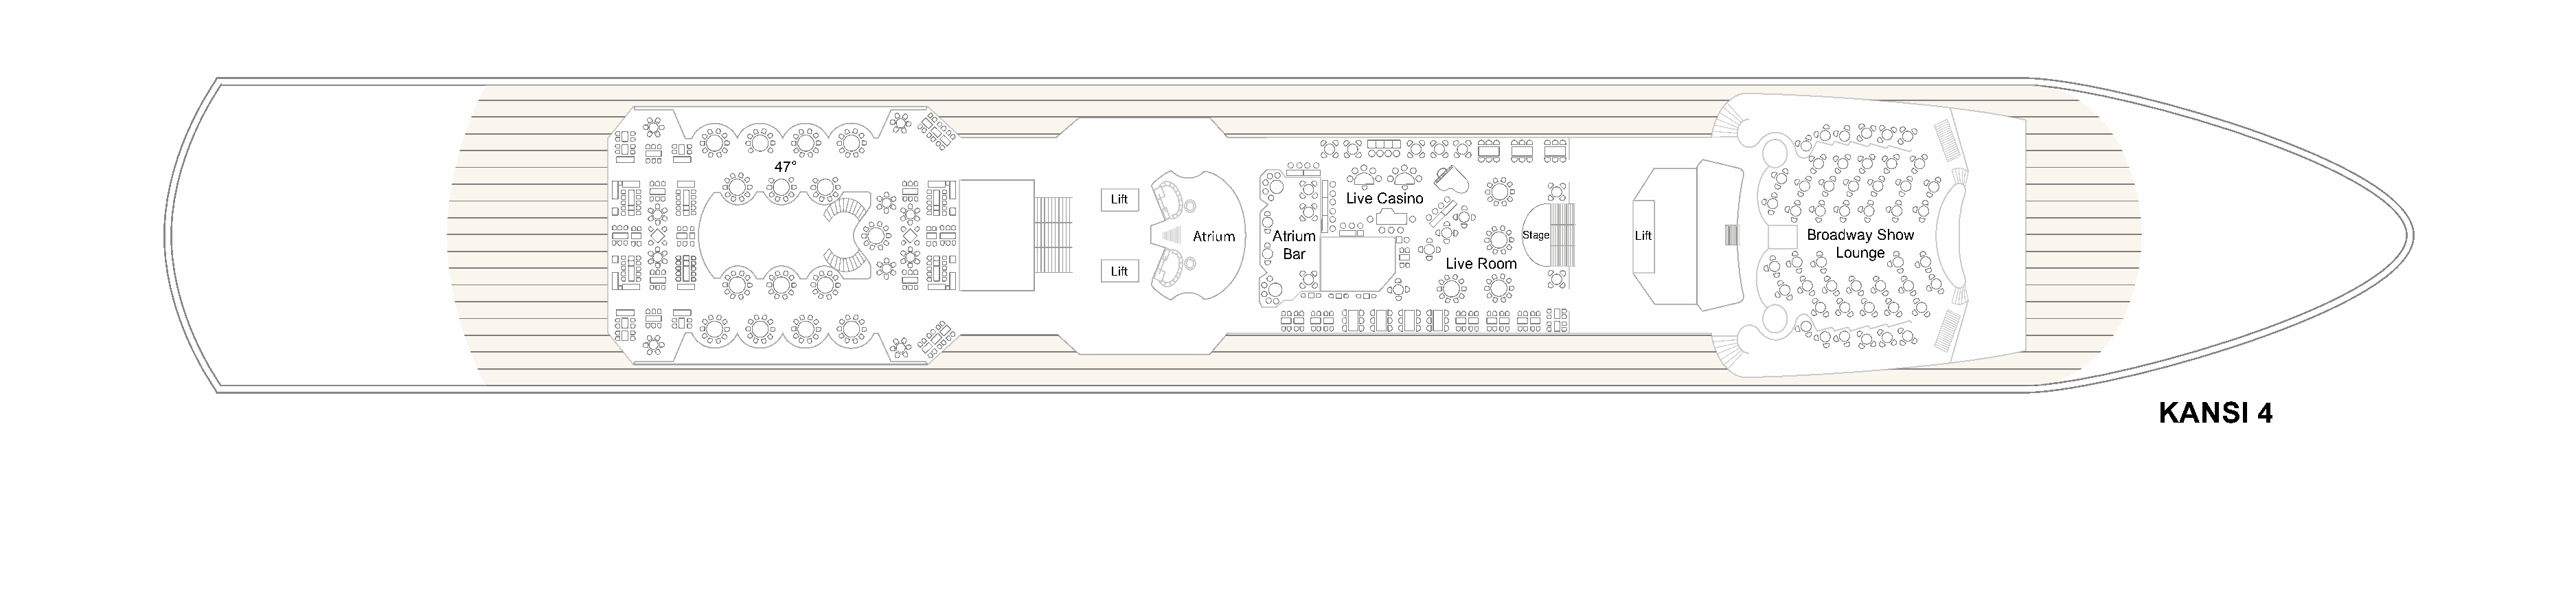
4477°°
 LLiifftt               LLiivvee CCaassiinnoo
 AAttrriiuumm AAttrriiuumm       SSttaaggee LLiifftt        BBrrooaaddwwaayy SShhooww
 BBaarr                                               LLoouunnggee
 LLiivvee RRoooomm
 LLiifftt
 KANSI     4